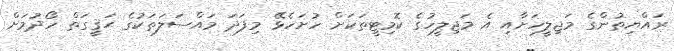
ރައްޔިތުންގެ މަޖިލީހަށާއި އެ މަޖިލީހުގެ ކޮމިޓީތަކަށް ހުށަހެޅޭ މިފަދަ މައްސަލަތަކުގެ ޙަޤީގަތް ހޯދުމަށް